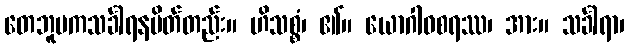
တေဘူမကသင်္ခါရနမိတ်တည်း။ ဟိသစ္စံ၊ ၏။ ယောဂါဝစရဿ၊ အား။ သင်္ခါရာ၊